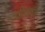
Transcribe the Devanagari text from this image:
रूढींखाली